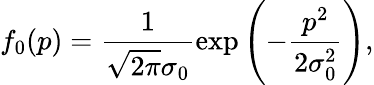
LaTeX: f_{0}(p)=\frac{1}{\sqrt{2\pi}\sigma_{0}}\exp\left(-\frac{p^{2}}{2\sigma_{0}^{2}}\right),